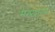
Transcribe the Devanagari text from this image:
सम्प्रदायम